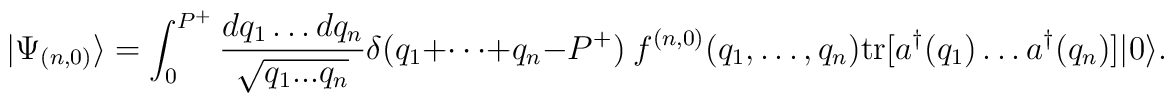
|\Psi_{(n,0)} \rangle =  \int_0^{P^+} {dq_1 \dots dq_n \over    \sqrt{q_1...q_n}}\delta(q_1 + \cdots + q_n - P^+)\hspace{1mm}  f^{(n,0)}(q_1,\dots,q_n) \mbox{tr}[a^\dagger(q_1)\dots a^\dagger(q_n)]|0\rangle .